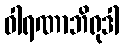
ဝါရဏာဘိရုဒါ